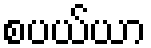
စပယ်ယာ